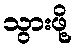
သွားဖို့